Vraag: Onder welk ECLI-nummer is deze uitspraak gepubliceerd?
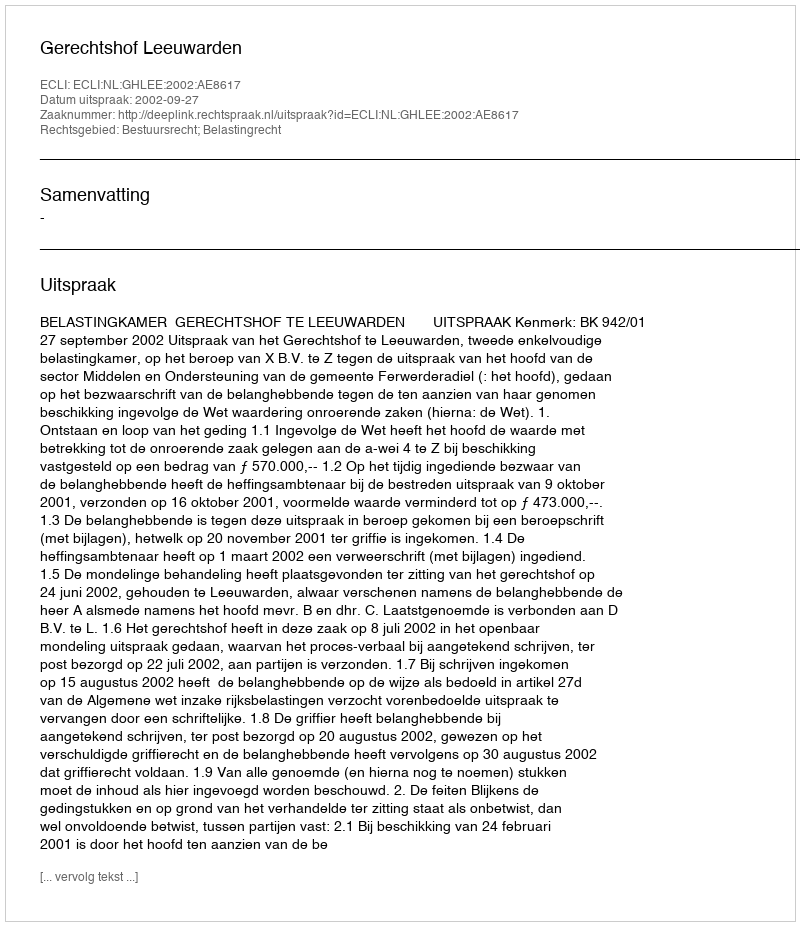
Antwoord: ECLI:NL:GHLEE:2002:AE8617